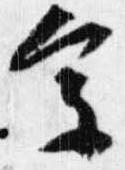
参